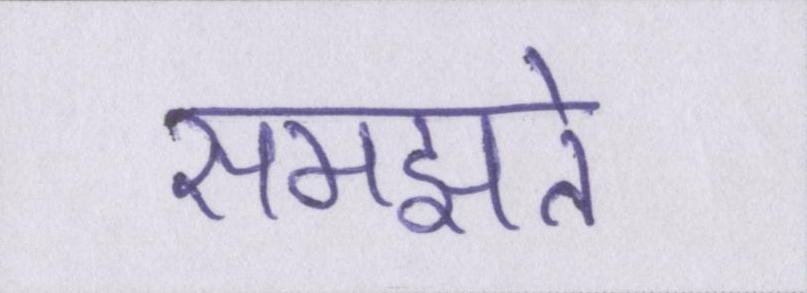
समझते